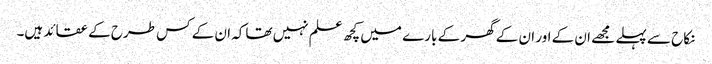
نکاح سے پہلے مجھے ان کے اور ان کے گھر کے بارے میں کچھ علم نہیں تھاکہ ان کے کس طرح کے عقائد ہیں۔